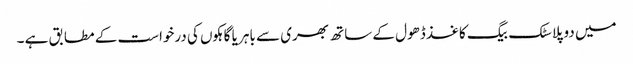
میں دو پلاسٹک بیگ کاغذ ڈھول کے ساتھ بھری سے باہر یا گاہکوں کی درخواست کے مطابق ہے ۔